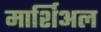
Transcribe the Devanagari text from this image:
मार्शिअल